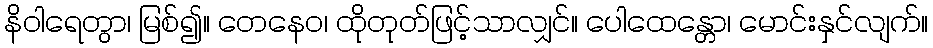
နိဝါရေတွာ၊ မြစ်၍။ တေနေဝ၊ ထိုတုတ်ဖြင့်သာလျှင်။ ပေါထေန္တော၊ မောင်းနှင်လျက်။